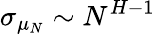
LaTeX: \sigma_{\mu_{N}}\sim N^{H-1}